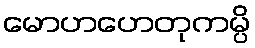
မောဟဟေတုကမ္ပိ